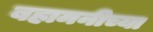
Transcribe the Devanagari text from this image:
बहामनीच्या